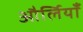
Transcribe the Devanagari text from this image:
और्लियाँ